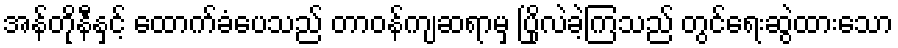
အန်တိုနီနှင့် ထောက်ခံပေသည် တာဝန်ကျဆရာမှ ပြိုလဲခဲ့ကြသည် တွင်ရေးဆွဲထားသော